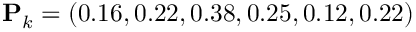
\mathbf { P } _ { k } = ( 0 . 1 6 , 0 . 2 2 , 0 . 3 8 , 0 . 2 5 , 0 . 1 2 , 0 . 2 2 )